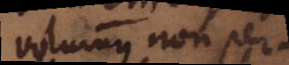
volumus non per